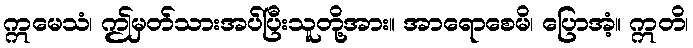
ဣမေသံ၊ ဤမှတ်သားအပ်ပြီးသူတို့အား။ အာရောစေမိ၊ ပြောအံ့။ ဣတိ၊